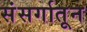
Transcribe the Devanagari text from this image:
संसर्गातून